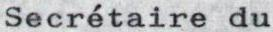
Secrétaire du